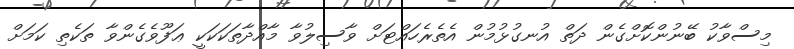
މިސްވާކު ބޭނުންކޮށްގެން ދަތް އުނގުޅުމުން އެތެރެހައްޓަށް ވާސިލުވާ މާއްދާތަކަކަކީ ޢަފޫވެގެންވާ ތަކެތި ކަމަށް